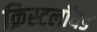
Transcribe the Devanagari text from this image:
क्रिस्टलॉयड